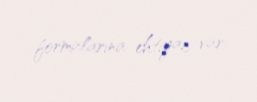
formalarına ehtiyac var.